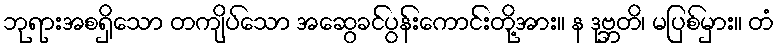
ဘုရားအစရှိသော တကျိပ်သော အဆွေခင်ပွန်းကောင်းတို့အား။ န ဒုဗ္ဘတိ၊ မပြစ်မှား။ တံ